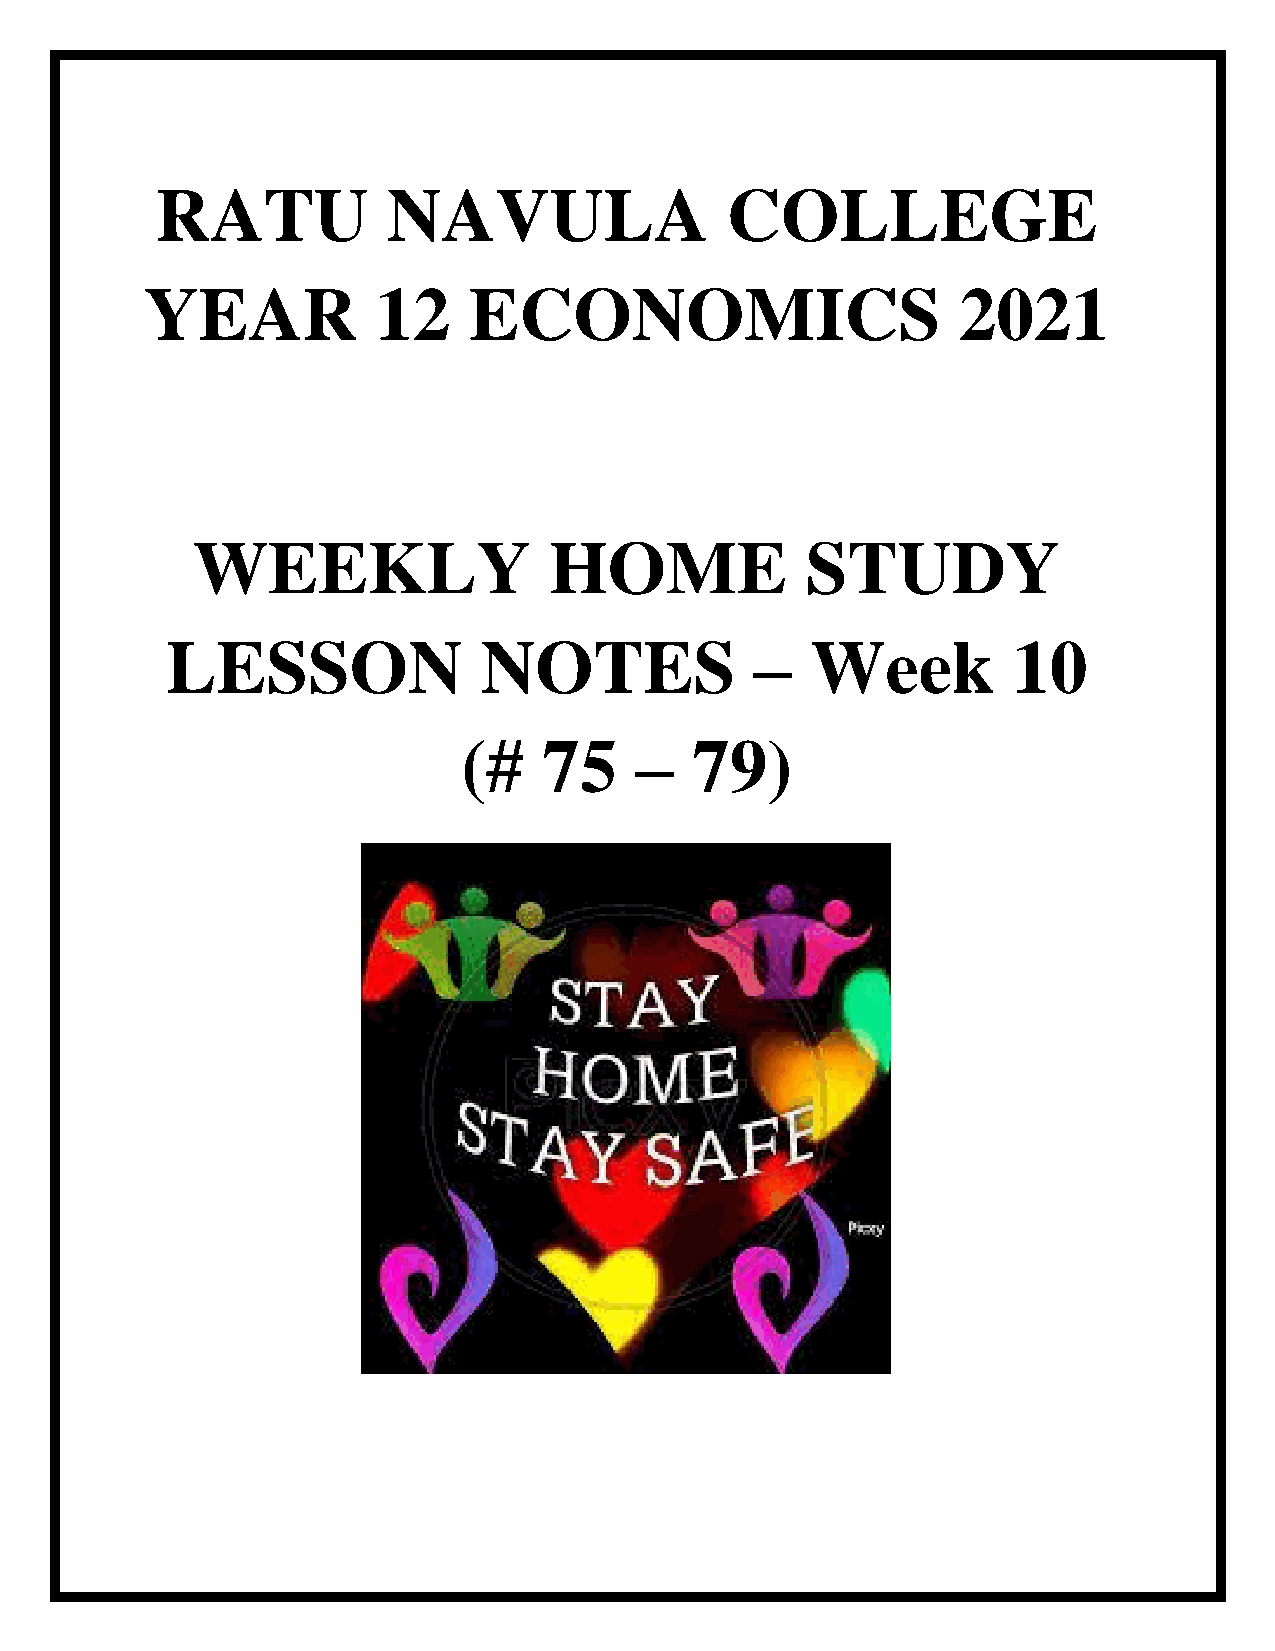
RATU            NAVULA                COLLEGE
 YEAR           12    ECONOMICS                       2021
 WEEKLY                 HOME             STUDY
 LESSON               NOTES             –   Week         10
 (#   75    –   79)